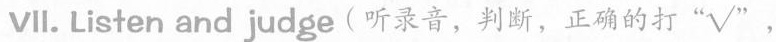
Ⅶ.Listen and judge(听录音,判断,正确的打"√" ，